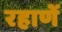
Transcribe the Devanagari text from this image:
रहाणें